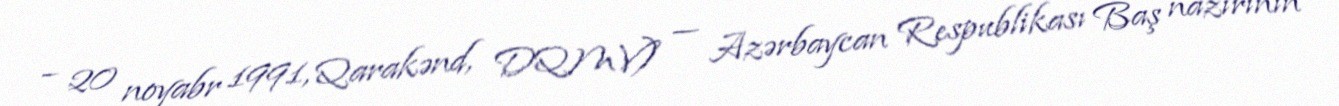
– 20 noyabr 1991, Qarakənd, DQMV) — Azərbaycan Respublikası Baş nazirinin